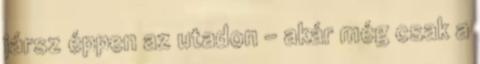
jársz éppen az utadon – akár még csak a